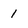
Character: 1